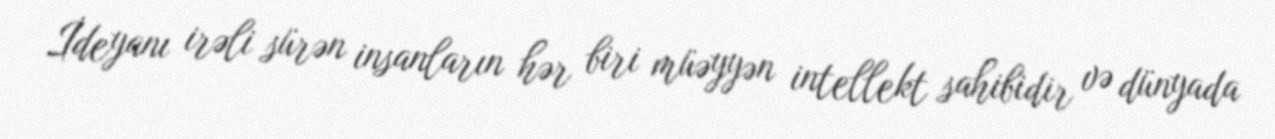
İdeyanı irəli sürən insanların hər biri müəyyən intellekt sahibidir və dünyada